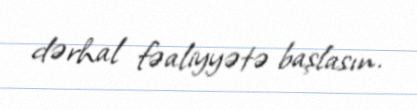
dərhal fəaliyyətə başlasın.